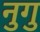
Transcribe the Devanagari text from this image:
नुगु